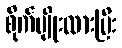
စိုက်ပျိုးထားပြီး